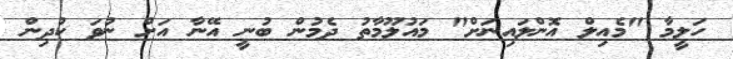
ހަލީމާ "މެއިލް އޮންލައިނަށް" މައުލޫމާތު ދެމުން ބުނީ އޭނާ އަށް ނުވަ ކުދިން